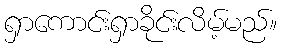
ရှာကောင်းရှာခိုင်းလိမ့်မည်။